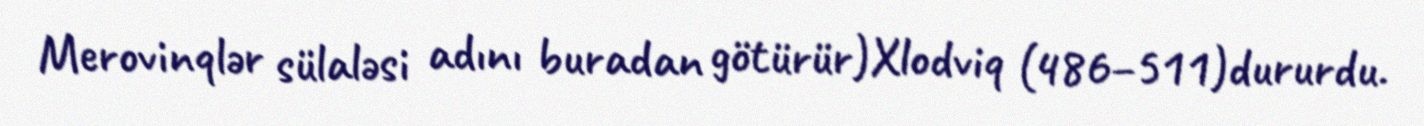
Merovinqlər sülaləsi adını buradan götürür)Xlodviq (486–511)dururdu.